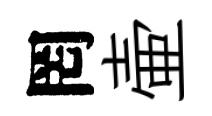
罔壷